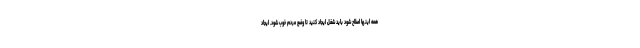
همه اینها اصلاح شود باید شغل ایجاد کنید تا وضع مردم خوب شود. ایجاد